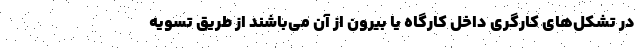
در تشکل‌های کارگری داخل کارگاه یا بیرون از آن می‌باشند از طریق تسویه